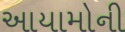
આયામોની